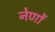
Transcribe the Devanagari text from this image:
नेणों